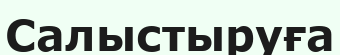
Салыстыруға